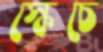
স্কেচে